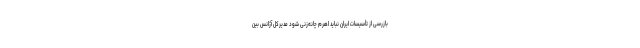
بازرسی از تأسیسات ایران نباید اهرم چانه‌زنی شود مدیرکل آژانس بین‌